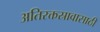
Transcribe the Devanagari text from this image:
अतिरक्तस्रावासाठी